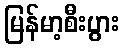
မြန်မာ့စီးပွား